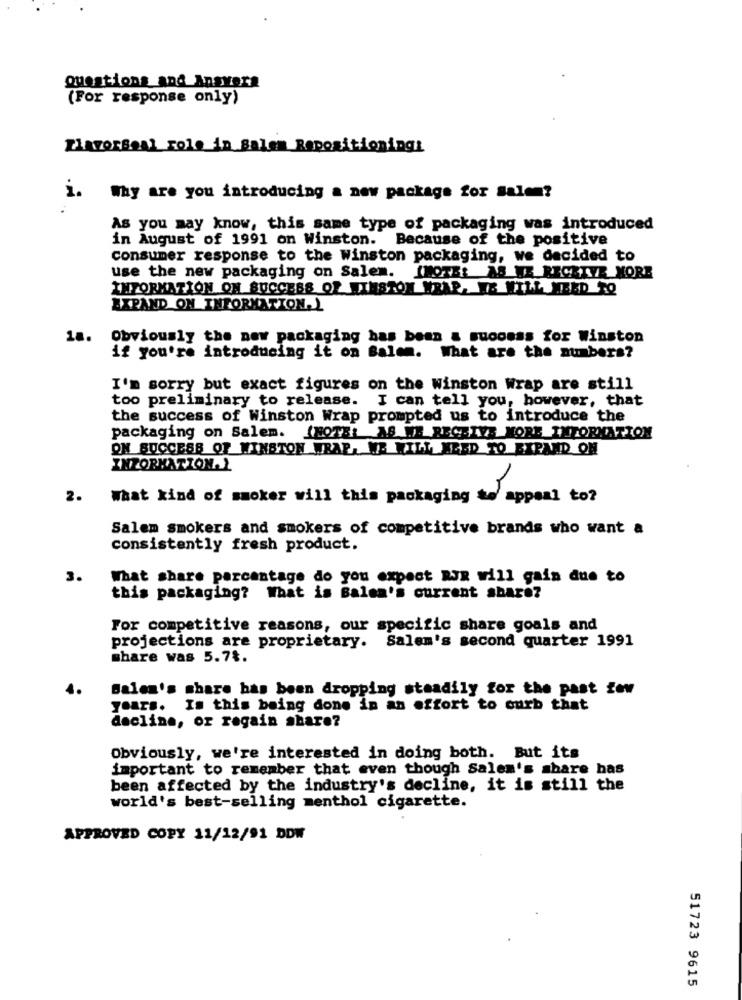
Questions and Answers
(For response only)
Ziavorseal role in Salem Repositioning:
i.
Why are you introducing a new package for salem?
As you may know, this same type of packaging was introduced
in August of 1991 on Winston. Because of the positive
consumer response to the Winston packaging, we decided to
use the new packaging on Salem.
IMOTER AS TE RECEIVE MORE
INFORMATION ON SUCCESS OFAWINSTON WRAP. WE WILL NEED TO
EXPAND ON INFORMATION.)
18.
Obviously the new packaging has been & success for Winston
if you're introducing it on Balem. What are the numbers?
I'm sorry but exact figures on the Winston Wrap are still
too preliminary to release. I can tell you, however, that
the success of Winston Wrap prompted us to introduce the
packaging on Salem. (NOTE: AS WE RECEIVE MORE INFORMATION
ON SUCCESS OF WINSTON WRAP, WE WILL NEED TO EXPAND ON
INZORMATION. L
2.
What kind of smoker will this packaging to appeal to?
Salem smokers and smokers of competitive brands who want a
consistently fresh product.
3.
What share parcantage do you expect RJR will gain due to
this packaging? What is Balen's current share?
For competitive reasons, our specific share goals and
projections are proprietary. Salem's second quarter 1991
share was 5.7%.
Balen's share has been dropping steadily for the past zew
years. Is this being done in an effort to curb that
decline, or regain share?
Obviously, we're interested in doing both. But its
important to remember that even though Salen's share has
been affected by the industry's decline, it is still the
world's best-selling menthol cigarette.
APPROVED COPY 11/12/91 DDW
51723 9615